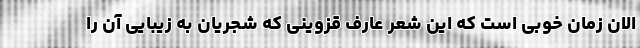
الان زمان خوبی است که این شعر عارف قزوینی که شجریان به زیبایی آن را